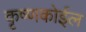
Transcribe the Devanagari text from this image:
कृष्णकोईल